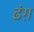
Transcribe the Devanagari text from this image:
ढंग़